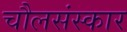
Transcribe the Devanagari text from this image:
चौलसंस्कार